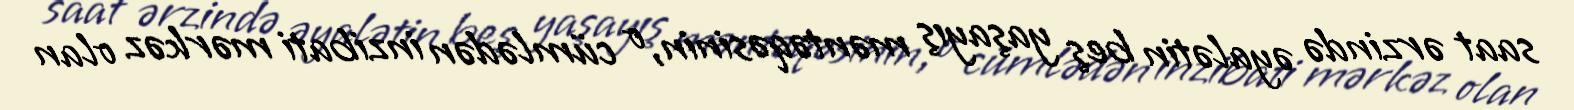
saat ərzində əyalətin beş yaşayış məntəqəsinin, o cümlədən inzibati mərkəz olan